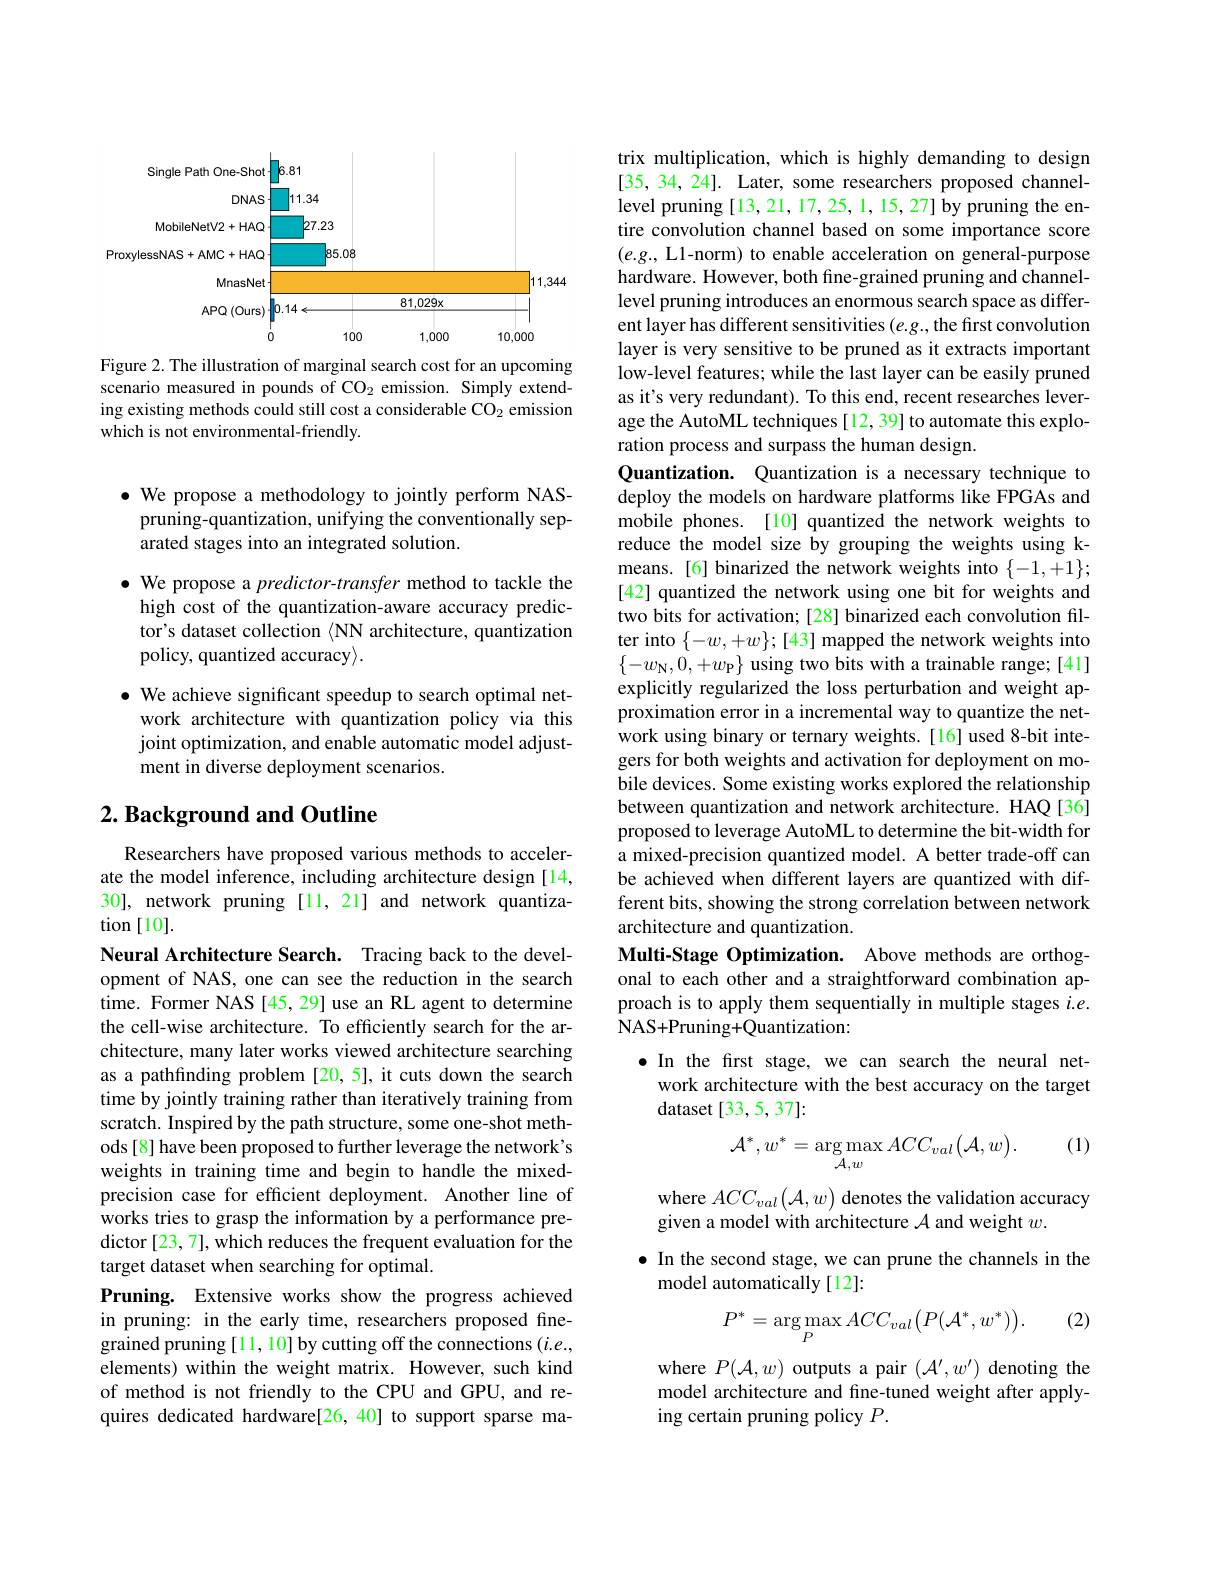
<FigureHere>

Figure 2. The illustration of marginal search cost for an upcoming scenario measured in pounds of CO$_2$ emission. Simply extending existing methods could still cost a considerable CO$_{2}$ emission which is not environmental-friendly.

$\bullet$ We propose a methodology to jointly perform NASpruning-quantization, unifying the conventionally separated stages into an integrated solution.

$\bullet$ We propose a predictor-transfer method to tackle the high cost of the quantization-aware accuracy predictor's dataset collection $\langle$NN architecture, quantization policy, quantized accuracy$\rangle.$
$\bullet$ We achieve significant speedup to search optimal net-
work architecture with quantization policy via this joint optimization, and enable automatic model adjustment in diverse deployment scenarios.

## $2. \textbf{ Background and Outline}$

Researchers have proposed various methods to accelerate the model inference, including architecture design[14, 30], network pruning [11,21] and network quantization [10].
Neural Architecture Search. Tracing back to the development of NAS, one can see the reduction in the search time. Former NAS [45,29] use an RL agent to determine the cell-wise architecture. To efficiently search for the architecture, many later works viewed architecture searching as a pathfinding problem [20,5], it cuts down the search time by jointly training rather than iteratively training from scratch. Inspired by the path structure, some one-shot methods[8] have been proposed to further leverage the network's weights in training time and begin to handle the mixedprecision case for efficient deployment. Another line of works tries to grasp the information by a performance predictor [23, 7], which reduces the frequent evaluation for the target dataset when searching for optimal.
Pruning. Extensive works show the progress achieved in pruning: in the early time, researchers proposed finegrained pruning[11, 10] by cutting off the connections $(i.e.$, elements) within the weight matrix. However, such kind of method is not friendly to the CPU and GPU, and requires dedicated hardware[26,40] to support sparse ma-

trix multiplication, which is highly demanding to design [35, 34, 24]. Later, some researchers proposed channellevel pruning [13,21,17,25,1,15,27] by pruning the entire convolution channel based on some importance score $(e.g.$, L1-norm) to enable acceleration on general-purpose hardware. However, both fine-grained pruning and channellevel pruning introduces an enormous search space as different layer has different sensitivities $(e.g.$,the first convolution layer is very sensitive to be pruned as it extracts important low-level features; while the last layer can be easily pruned as it's very redundant). To this end, recent researches leverage the AutoML techniques [12, 39] to automate this exploration process and surpass the human design.
Quantization. Quantization is a necessary technique to deploy the models on hardware platforms like FPGAs and mobile phones.[10] quantized the network weights to reduce the model size by grouping the weights using kmeans.[6] binarized the network weights into $\{-1,+1\};$ [42] quantized the network using one bit for weights and two bits for activation; [28] binarized each convolution filter into $\{-w,+w\};[43]$ mapped the network weights into $\{-w_{\mathrm{N}},0,+w_{\mathrm{P}}\}$ using two bits with a trainable range;[41] explicitly regularized the loss perturbation and weight approximation error in a incremental way to quantize the network using binary or ternary weights.[16] used 8-bit integers for both weights and activation for deployment on mobile devices. Some existing works explored the relationship between quantization and network architecture. HAQ[36] proposed to leverage AutoML to determine the bit-width for a mixed-precision quantized model. A better trade-off can be achieved when different layers are quantized with different bits, showing the strong correlation between network architecture and quantization.
Multi-Stage Optimization. Above methods are orthogonal to each other and a straightforward combination approach is to apply them sequentially in multiple stages $i.e.$ NAS+ Pruning+ Quantization:

$\bullet$ In the first stage, we can search the neural net-
work architecture with the best accuracy on the target
dataset[33,5,37]:

(1)
$$\mathcal{A}^{*},w^{*}=\arg\max_{\mathcal{A},w}ACC_{val}\big(\mathcal{A},w\big).$$
where $ACC_val\left(\mathcal{A},w\right)$denotes the validation accuracy
given a model with architecture $\mathcal{A}$ and weight $w.$
$\bullet$ In the second stage, we can prune the channels in the
model automatically[12]:

(2)
$$P^*=\underset{P}{\arg\max}ACC_{val}\big(P(\mathcal{A}^*,w^*)\big).$$
where $P(\mathcal{A},w)$ outputs a pair $(\mathcal{A}^\prime,w^\prime)$ denoting the model architecture and fine-tuned weight after applying certain pruning policy $P.$